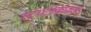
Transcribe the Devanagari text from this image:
स्ट्रेपटोकोकस